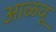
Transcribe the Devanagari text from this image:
आळवू